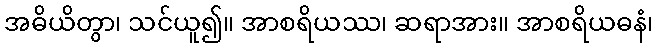
အဓိယိတွာ၊ သင်ယူ၍။ အာစရိယဿ၊ ဆရာအား။ အာစရိယဓနံ၊